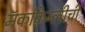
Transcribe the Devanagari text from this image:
मॅककिन्लीची